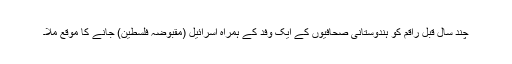
چند سال قبل راقم کو ہندوستانی صحافیوں کے ایک وفد کے ہمراہ اسرائیل (مقبوضہ فلسطین) جانے کا موقع ملا۔